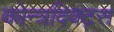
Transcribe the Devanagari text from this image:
कोन्त्रदिक्ट्स